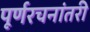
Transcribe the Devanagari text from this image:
पूर्णरचनांतरी